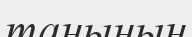
таңының